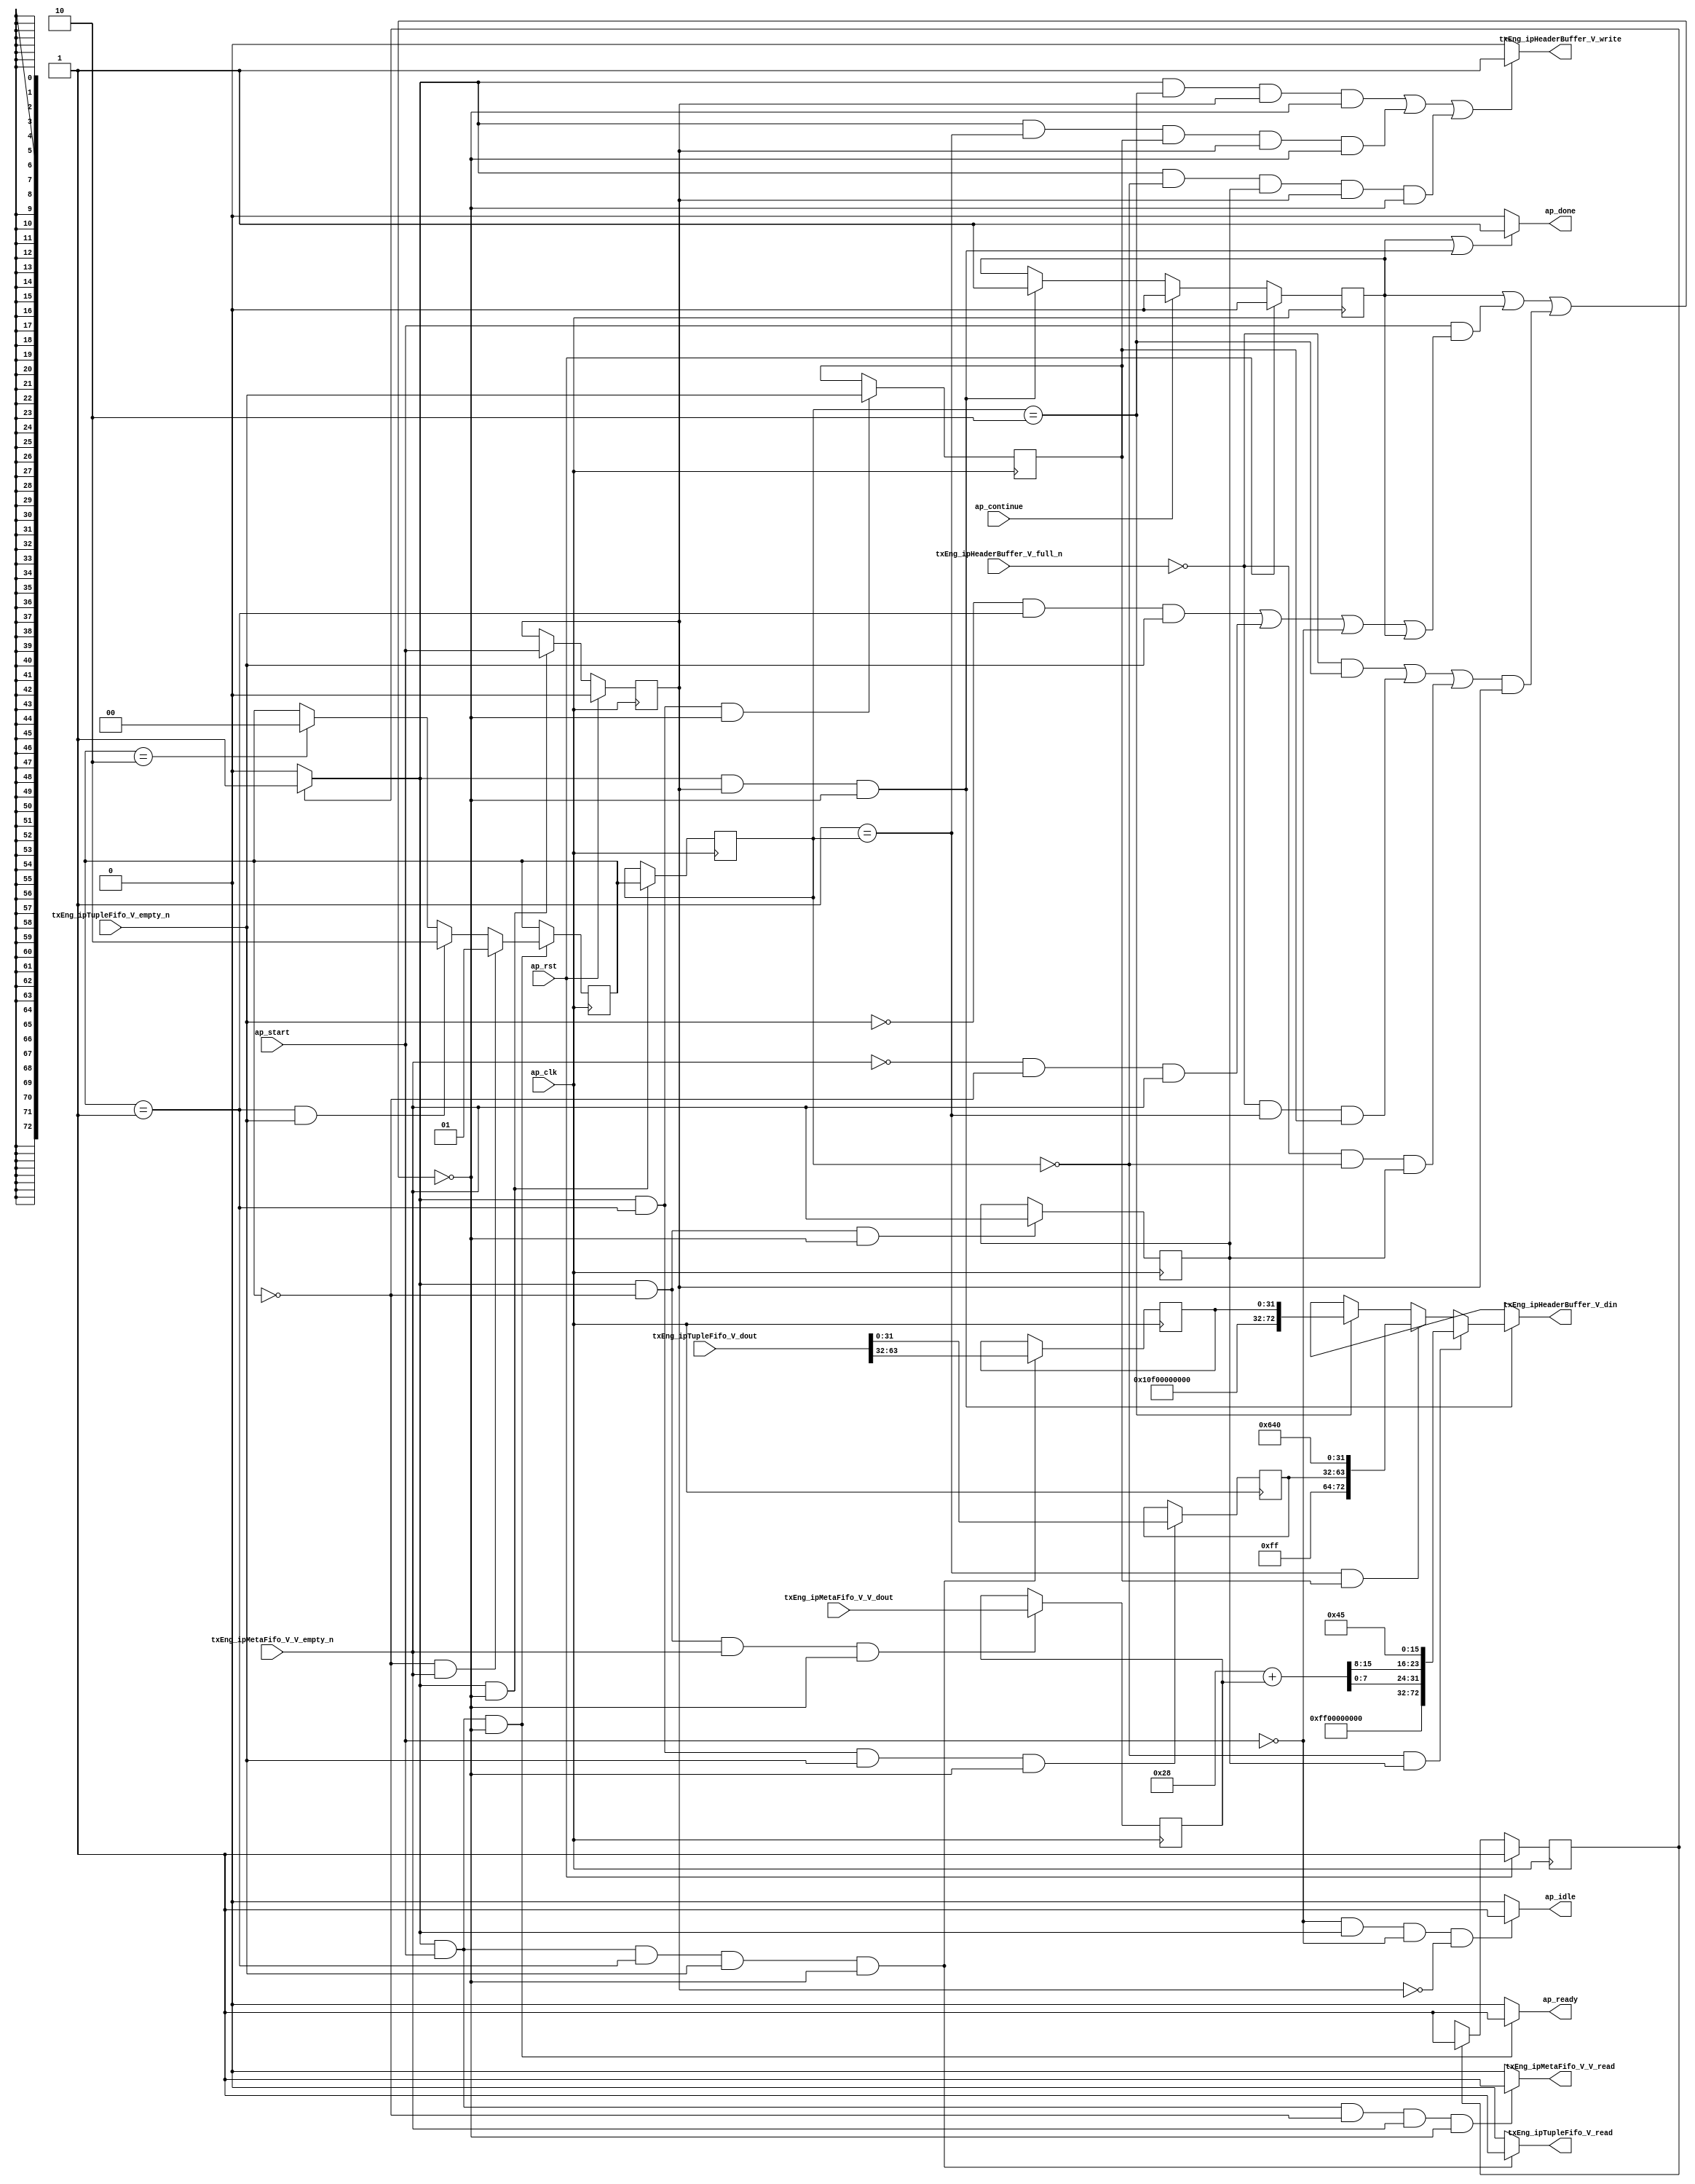
// ==============================================================
// RTL generated by Vivado(TM) HLS - High-Level Synthesis from C, C++ and SystemC
// Version: 2015.1
// Copyright (C) 2015 Xilinx Inc. All rights reserved.
// 
// ===========================================================

`timescale 1 ns / 1 ps 

module toe_ipHeaderConstruction (
        ap_clk,
        ap_rst,
        ap_start,
        ap_done,
        ap_continue,
        ap_idle,
        ap_ready,
        txEng_ipTupleFifo_V_dout,
        txEng_ipTupleFifo_V_empty_n,
        txEng_ipTupleFifo_V_read,
        txEng_ipMetaFifo_V_V_dout,
        txEng_ipMetaFifo_V_V_empty_n,
        txEng_ipMetaFifo_V_V_read,
        txEng_ipHeaderBuffer_V_din,
        txEng_ipHeaderBuffer_V_full_n,
        txEng_ipHeaderBuffer_V_write
);

parameter    ap_const_logic_1 = 1'b1;
parameter    ap_const_logic_0 = 1'b0;
parameter    ap_ST_pp0_stg0_fsm_0 = 1'b1;
parameter    ap_const_lv32_0 = 32'b00000000000000000000000000000000;
parameter    ap_const_lv1_1 = 1'b1;
parameter    ap_const_lv2_1 = 2'b1;
parameter    ap_const_lv1_0 = 1'b0;
parameter    ap_const_lv2_0 = 2'b00;
parameter    ap_const_lv2_2 = 2'b10;
parameter    ap_const_lv32_20 = 32'b100000;
parameter    ap_const_lv32_3F = 32'b111111;
parameter    ap_const_lv64_0 = 64'b0000000000000000000000000000000000000000000000000000000000000000;
parameter    ap_const_lv32_1F = 32'b11111;
parameter    ap_const_lv9_10F = 9'b100001111;
parameter    ap_const_lv9_FF = 9'b11111111;
parameter    ap_const_lv32_640 = 32'b11001000000;
parameter    ap_const_lv16_28 = 16'b101000;
parameter    ap_const_lv32_8 = 32'b1000;
parameter    ap_const_lv32_F = 32'b1111;
parameter    ap_const_lv41_FF00000000 = 41'b1111111100000000000000000000000000000000;
parameter    ap_const_lv16_45 = 16'b1000101;
parameter    ap_true = 1'b1;

input   ap_clk;
input   ap_rst;
input   ap_start;
output   ap_done;
input   ap_continue;
output   ap_idle;
output   ap_ready;
input  [63:0] txEng_ipTupleFifo_V_dout;
input   txEng_ipTupleFifo_V_empty_n;
output   txEng_ipTupleFifo_V_read;
input  [15:0] txEng_ipMetaFifo_V_V_dout;
input   txEng_ipMetaFifo_V_V_empty_n;
output   txEng_ipMetaFifo_V_V_read;
output  [72:0] txEng_ipHeaderBuffer_V_din;
input   txEng_ipHeaderBuffer_V_full_n;
output   txEng_ipHeaderBuffer_V_write;

reg ap_done;
reg ap_idle;
reg ap_ready;
reg txEng_ipTupleFifo_V_read;
reg txEng_ipMetaFifo_V_V_read;
reg[72:0] txEng_ipHeaderBuffer_V_din;
reg txEng_ipHeaderBuffer_V_write;
reg    ap_done_reg = 1'b0;
(* fsm_encoding = "none" *) reg   [0:0] ap_CS_fsm = 1'b1;
reg    ap_sig_cseq_ST_pp0_stg0_fsm_0;
reg    ap_sig_bdd_20;
wire    ap_reg_ppiten_pp0_it0;
reg    ap_reg_ppiten_pp0_it1 = 1'b0;
wire   [1:0] ihc_currWord_V_load_load_fu_132_p1;
wire   [0:0] tmp_nbreadreq_fu_96_p3;
wire   [0:0] tmp_53_nbreadreq_fu_110_p3;
reg    ap_sig_bdd_66;
reg   [1:0] ihc_currWord_V_load_reg_241;
reg   [0:0] tmp_reg_245;
reg   [0:0] tmp_53_reg_254;
reg    ap_sig_bdd_91;
reg   [1:0] ihc_currWord_V = 2'b00;
reg   [31:0] ihc_tuple_dstIp_V = 32'b00000000000000000000000000000000;
wire   [31:0] tmp_251_fu_142_p1;
reg   [31:0] tmp_251_reg_249;
reg   [15:0] tmp_V_reg_258;
wire   [72:0] tmp_3_fu_190_p3;
wire   [72:0] tmp_2_fu_199_p4;
wire   [72:0] tmp54_fu_228_p5;
wire   [63:0] p_Result_s_114_fu_178_p5;
wire   [15:0] length_V_fu_209_p2;
wire   [7:0] tmp_250_fu_224_p1;
wire   [7:0] p_Result_s_fu_214_p4;
reg   [0:0] ap_NS_fsm;
reg    ap_sig_pprstidle_pp0;
reg    ap_sig_bdd_48;
reg    ap_sig_bdd_60;
reg    ap_sig_bdd_98;
reg    ap_sig_bdd_82;
reg    ap_sig_bdd_88;
reg    ap_sig_bdd_117;




/// the current state (ap_CS_fsm) of the state machine. ///
always @ (posedge ap_clk)
begin : ap_ret_ap_CS_fsm
    if (ap_rst == 1'b1) begin
        ap_CS_fsm <= ap_ST_pp0_stg0_fsm_0;
    end else begin
        ap_CS_fsm <= ap_NS_fsm;
    end
end

/// ap_done_reg assign process. ///
always @ (posedge ap_clk)
begin : ap_ret_ap_done_reg
    if (ap_rst == 1'b1) begin
        ap_done_reg <= ap_const_logic_0;
    end else begin
        if ((ap_const_logic_1 == ap_continue)) begin
            ap_done_reg <= ap_const_logic_0;
        end else if (((ap_const_logic_1 == ap_sig_cseq_ST_pp0_stg0_fsm_0) & (ap_const_logic_1 == ap_reg_ppiten_pp0_it1) & ~((ap_done_reg == ap_const_logic_1) | ((ap_const_logic_1 == ap_reg_ppiten_pp0_it0) & ap_sig_bdd_66) | (ap_sig_bdd_91 & (ap_const_logic_1 == ap_reg_ppiten_pp0_it1))))) begin
            ap_done_reg <= ap_const_logic_1;
        end
    end
end

/// ap_reg_ppiten_pp0_it1 assign process. ///
always @ (posedge ap_clk)
begin : ap_ret_ap_reg_ppiten_pp0_it1
    if (ap_rst == 1'b1) begin
        ap_reg_ppiten_pp0_it1 <= ap_const_logic_0;
    end else begin
        if (((ap_const_logic_1 == ap_sig_cseq_ST_pp0_stg0_fsm_0) & ~((ap_done_reg == ap_const_logic_1) | ((ap_const_logic_1 == ap_reg_ppiten_pp0_it0) & ap_sig_bdd_66) | (ap_sig_bdd_91 & (ap_const_logic_1 == ap_reg_ppiten_pp0_it1))))) begin
            ap_reg_ppiten_pp0_it1 <= ap_reg_ppiten_pp0_it0;
        end
    end
end

/// assign process. ///
always @(posedge ap_clk)
begin
    if (ap_sig_bdd_98) begin
        if (ap_sig_bdd_60) begin
            ihc_currWord_V <= ap_const_lv2_1;
        end else if (ap_sig_bdd_48) begin
            ihc_currWord_V <= ap_const_lv2_2;
        end else if ((ihc_currWord_V_load_load_fu_132_p1 == ap_const_lv2_2)) begin
            ihc_currWord_V <= ap_const_lv2_0;
        end
    end
end

/// assign process. ///
always @(posedge ap_clk)
begin
    if (((ap_const_logic_1 == ap_sig_cseq_ST_pp0_stg0_fsm_0) & ~((ap_done_reg == ap_const_logic_1) | ((ap_const_logic_1 == ap_reg_ppiten_pp0_it0) & ap_sig_bdd_66) | (ap_sig_bdd_91 & (ap_const_logic_1 == ap_reg_ppiten_pp0_it1))))) begin
        ihc_currWord_V_load_reg_241 <= ihc_currWord_V;
    end
end

/// assign process. ///
always @(posedge ap_clk)
begin
    if (((ap_const_logic_1 == ap_sig_cseq_ST_pp0_stg0_fsm_0) & (ap_const_logic_1 == ap_reg_ppiten_pp0_it0) & (ihc_currWord_V == ap_const_lv2_1) & ~(tmp_nbreadreq_fu_96_p3 == ap_const_lv1_0) & ~((ap_done_reg == ap_const_logic_1) | ((ap_const_logic_1 == ap_reg_ppiten_pp0_it0) & ap_sig_bdd_66) | (ap_sig_bdd_91 & (ap_const_logic_1 == ap_reg_ppiten_pp0_it1))))) begin
        ihc_tuple_dstIp_V <= {{txEng_ipTupleFifo_V_dout[ap_const_lv32_3F : ap_const_lv32_20]}};
    end
end

/// assign process. ///
always @(posedge ap_clk)
begin
    if (((ap_const_logic_1 == ap_sig_cseq_ST_pp0_stg0_fsm_0) & (ihc_currWord_V == ap_const_lv2_1) & ~(tmp_nbreadreq_fu_96_p3 == ap_const_lv1_0) & ~((ap_done_reg == ap_const_logic_1) | ((ap_const_logic_1 == ap_reg_ppiten_pp0_it0) & ap_sig_bdd_66) | (ap_sig_bdd_91 & (ap_const_logic_1 == ap_reg_ppiten_pp0_it1))))) begin
        tmp_251_reg_249 <= tmp_251_fu_142_p1;
    end
end

/// assign process. ///
always @(posedge ap_clk)
begin
    if (((ap_const_logic_1 == ap_sig_cseq_ST_pp0_stg0_fsm_0) & (ihc_currWord_V == ap_const_lv2_0) & ~((ap_done_reg == ap_const_logic_1) | ((ap_const_logic_1 == ap_reg_ppiten_pp0_it0) & ap_sig_bdd_66) | (ap_sig_bdd_91 & (ap_const_logic_1 == ap_reg_ppiten_pp0_it1))))) begin
        tmp_53_reg_254 <= tmp_53_nbreadreq_fu_110_p3;
    end
end

/// assign process. ///
always @(posedge ap_clk)
begin
    if (((ap_const_logic_1 == ap_sig_cseq_ST_pp0_stg0_fsm_0) & (ihc_currWord_V == ap_const_lv2_0) & ~(ap_const_lv1_0 == tmp_53_nbreadreq_fu_110_p3) & ~((ap_done_reg == ap_const_logic_1) | ((ap_const_logic_1 == ap_reg_ppiten_pp0_it0) & ap_sig_bdd_66) | (ap_sig_bdd_91 & (ap_const_logic_1 == ap_reg_ppiten_pp0_it1))))) begin
        tmp_V_reg_258 <= txEng_ipMetaFifo_V_V_dout;
    end
end

/// assign process. ///
always @(posedge ap_clk)
begin
    if (((ap_const_logic_1 == ap_sig_cseq_ST_pp0_stg0_fsm_0) & (ihc_currWord_V == ap_const_lv2_1) & ~((ap_done_reg == ap_const_logic_1) | ((ap_const_logic_1 == ap_reg_ppiten_pp0_it0) & ap_sig_bdd_66) | (ap_sig_bdd_91 & (ap_const_logic_1 == ap_reg_ppiten_pp0_it1))))) begin
        tmp_reg_245 <= tmp_nbreadreq_fu_96_p3;
    end
end

/// ap_done assign process. ///
always @ (ap_done_reg or ap_sig_cseq_ST_pp0_stg0_fsm_0 or ap_reg_ppiten_pp0_it0 or ap_reg_ppiten_pp0_it1 or ap_sig_bdd_66 or ap_sig_bdd_91)
begin
    if (((ap_const_logic_1 == ap_done_reg) | ((ap_const_logic_1 == ap_sig_cseq_ST_pp0_stg0_fsm_0) & (ap_const_logic_1 == ap_reg_ppiten_pp0_it1) & ~((ap_done_reg == ap_const_logic_1) | ((ap_const_logic_1 == ap_reg_ppiten_pp0_it0) & ap_sig_bdd_66) | (ap_sig_bdd_91 & (ap_const_logic_1 == ap_reg_ppiten_pp0_it1)))))) begin
        ap_done = ap_const_logic_1;
    end else begin
        ap_done = ap_const_logic_0;
    end
end

/// ap_idle assign process. ///
always @ (ap_start or ap_sig_cseq_ST_pp0_stg0_fsm_0 or ap_reg_ppiten_pp0_it0 or ap_reg_ppiten_pp0_it1)
begin
    if ((~(ap_const_logic_1 == ap_start) & (ap_const_logic_1 == ap_sig_cseq_ST_pp0_stg0_fsm_0) & (ap_const_logic_0 == ap_reg_ppiten_pp0_it0) & (ap_const_logic_0 == ap_reg_ppiten_pp0_it1))) begin
        ap_idle = ap_const_logic_1;
    end else begin
        ap_idle = ap_const_logic_0;
    end
end

/// ap_ready assign process. ///
always @ (ap_done_reg or ap_sig_cseq_ST_pp0_stg0_fsm_0 or ap_reg_ppiten_pp0_it0 or ap_reg_ppiten_pp0_it1 or ap_sig_bdd_66 or ap_sig_bdd_91)
begin
    if (((ap_const_logic_1 == ap_sig_cseq_ST_pp0_stg0_fsm_0) & (ap_const_logic_1 == ap_reg_ppiten_pp0_it0) & ~((ap_done_reg == ap_const_logic_1) | ((ap_const_logic_1 == ap_reg_ppiten_pp0_it0) & ap_sig_bdd_66) | (ap_sig_bdd_91 & (ap_const_logic_1 == ap_reg_ppiten_pp0_it1))))) begin
        ap_ready = ap_const_logic_1;
    end else begin
        ap_ready = ap_const_logic_0;
    end
end

/// ap_sig_cseq_ST_pp0_stg0_fsm_0 assign process. ///
always @ (ap_sig_bdd_20)
begin
    if (ap_sig_bdd_20) begin
        ap_sig_cseq_ST_pp0_stg0_fsm_0 = ap_const_logic_1;
    end else begin
        ap_sig_cseq_ST_pp0_stg0_fsm_0 = ap_const_logic_0;
    end
end

/// ap_sig_pprstidle_pp0 assign process. ///
always @ (ap_start or ap_reg_ppiten_pp0_it0)
begin
    if (((ap_const_logic_0 == ap_reg_ppiten_pp0_it0) & (ap_const_logic_0 == ap_start))) begin
        ap_sig_pprstidle_pp0 = ap_const_logic_1;
    end else begin
        ap_sig_pprstidle_pp0 = ap_const_logic_0;
    end
end

/// txEng_ipHeaderBuffer_V_din assign process. ///
always @ (ihc_currWord_V_load_reg_241 or tmp_3_fu_190_p3 or tmp_2_fu_199_p4 or tmp54_fu_228_p5 or ap_sig_bdd_82 or ap_sig_bdd_88 or ap_sig_bdd_117)
begin
    if (ap_sig_bdd_117) begin
        if (ap_sig_bdd_88) begin
            txEng_ipHeaderBuffer_V_din = tmp54_fu_228_p5;
        end else if (ap_sig_bdd_82) begin
            txEng_ipHeaderBuffer_V_din = tmp_2_fu_199_p4;
        end else if ((ihc_currWord_V_load_reg_241 == ap_const_lv2_2)) begin
            txEng_ipHeaderBuffer_V_din = tmp_3_fu_190_p3;
        end else begin
            txEng_ipHeaderBuffer_V_din = 'bx;
        end
    end else begin
        txEng_ipHeaderBuffer_V_din = 'bx;
    end
end

/// txEng_ipHeaderBuffer_V_write assign process. ///
always @ (ap_done_reg or ap_sig_cseq_ST_pp0_stg0_fsm_0 or ap_reg_ppiten_pp0_it0 or ap_reg_ppiten_pp0_it1 or ap_sig_bdd_66 or ihc_currWord_V_load_reg_241 or tmp_reg_245 or tmp_53_reg_254 or ap_sig_bdd_91)
begin
    if ((((ap_const_logic_1 == ap_sig_cseq_ST_pp0_stg0_fsm_0) & (ihc_currWord_V_load_reg_241 == ap_const_lv2_2) & (ap_const_logic_1 == ap_reg_ppiten_pp0_it1) & ~((ap_done_reg == ap_const_logic_1) | ((ap_const_logic_1 == ap_reg_ppiten_pp0_it0) & ap_sig_bdd_66) | (ap_sig_bdd_91 & (ap_const_logic_1 == ap_reg_ppiten_pp0_it1)))) | ((ap_const_logic_1 == ap_sig_cseq_ST_pp0_stg0_fsm_0) & (ap_const_lv2_1 == ihc_currWord_V_load_reg_241) & ~(ap_const_lv1_0 == tmp_reg_245) & (ap_const_logic_1 == ap_reg_ppiten_pp0_it1) & ~((ap_done_reg == ap_const_logic_1) | ((ap_const_logic_1 == ap_reg_ppiten_pp0_it0) & ap_sig_bdd_66) | (ap_sig_bdd_91 & (ap_const_logic_1 == ap_reg_ppiten_pp0_it1)))) | ((ap_const_logic_1 == ap_sig_cseq_ST_pp0_stg0_fsm_0) & (ap_const_lv2_0 == ihc_currWord_V_load_reg_241) & ~(ap_const_lv1_0 == tmp_53_reg_254) & (ap_const_logic_1 == ap_reg_ppiten_pp0_it1) & ~((ap_done_reg == ap_const_logic_1) | ((ap_const_logic_1 == ap_reg_ppiten_pp0_it0) & ap_sig_bdd_66) | (ap_sig_bdd_91 & (ap_const_logic_1 == ap_reg_ppiten_pp0_it1)))))) begin
        txEng_ipHeaderBuffer_V_write = ap_const_logic_1;
    end else begin
        txEng_ipHeaderBuffer_V_write = ap_const_logic_0;
    end
end

/// txEng_ipMetaFifo_V_V_read assign process. ///
always @ (ap_done_reg or ap_sig_cseq_ST_pp0_stg0_fsm_0 or ap_reg_ppiten_pp0_it0 or ap_reg_ppiten_pp0_it1 or tmp_53_nbreadreq_fu_110_p3 or ap_sig_bdd_66 or ap_sig_bdd_91 or ihc_currWord_V)
begin
    if (((ap_const_logic_1 == ap_sig_cseq_ST_pp0_stg0_fsm_0) & (ap_const_logic_1 == ap_reg_ppiten_pp0_it0) & (ihc_currWord_V == ap_const_lv2_0) & ~(ap_const_lv1_0 == tmp_53_nbreadreq_fu_110_p3) & ~((ap_done_reg == ap_const_logic_1) | ((ap_const_logic_1 == ap_reg_ppiten_pp0_it0) & ap_sig_bdd_66) | (ap_sig_bdd_91 & (ap_const_logic_1 == ap_reg_ppiten_pp0_it1))))) begin
        txEng_ipMetaFifo_V_V_read = ap_const_logic_1;
    end else begin
        txEng_ipMetaFifo_V_V_read = ap_const_logic_0;
    end
end

/// txEng_ipTupleFifo_V_read assign process. ///
always @ (ap_done_reg or ap_sig_cseq_ST_pp0_stg0_fsm_0 or ap_reg_ppiten_pp0_it0 or ap_reg_ppiten_pp0_it1 or tmp_nbreadreq_fu_96_p3 or ap_sig_bdd_66 or ap_sig_bdd_91 or ihc_currWord_V)
begin
    if (((ap_const_logic_1 == ap_sig_cseq_ST_pp0_stg0_fsm_0) & (ap_const_logic_1 == ap_reg_ppiten_pp0_it0) & (ihc_currWord_V == ap_const_lv2_1) & ~(tmp_nbreadreq_fu_96_p3 == ap_const_lv1_0) & ~((ap_done_reg == ap_const_logic_1) | ((ap_const_logic_1 == ap_reg_ppiten_pp0_it0) & ap_sig_bdd_66) | (ap_sig_bdd_91 & (ap_const_logic_1 == ap_reg_ppiten_pp0_it1))))) begin
        txEng_ipTupleFifo_V_read = ap_const_logic_1;
    end else begin
        txEng_ipTupleFifo_V_read = ap_const_logic_0;
    end
end
/// the next state (ap_NS_fsm) of the state machine. ///
always @ (ap_done_reg or ap_CS_fsm or ap_reg_ppiten_pp0_it0 or ap_reg_ppiten_pp0_it1 or ap_sig_bdd_66 or ap_sig_bdd_91 or ap_sig_pprstidle_pp0)
begin
    case (ap_CS_fsm)
        ap_ST_pp0_stg0_fsm_0 : 
        begin
            ap_NS_fsm = ap_ST_pp0_stg0_fsm_0;
        end
        default : 
        begin
            ap_NS_fsm = 'bx;
        end
    endcase
end

assign ap_reg_ppiten_pp0_it0 = ap_start;

/// ap_sig_bdd_117 assign process. ///
always @ (ap_done_reg or ap_sig_cseq_ST_pp0_stg0_fsm_0 or ap_reg_ppiten_pp0_it0 or ap_reg_ppiten_pp0_it1 or ap_sig_bdd_66 or ap_sig_bdd_91)
begin
    ap_sig_bdd_117 = ((ap_const_logic_1 == ap_sig_cseq_ST_pp0_stg0_fsm_0) & (ap_const_logic_1 == ap_reg_ppiten_pp0_it1) & ~((ap_done_reg == ap_const_logic_1) | ((ap_const_logic_1 == ap_reg_ppiten_pp0_it0) & ap_sig_bdd_66) | (ap_sig_bdd_91 & (ap_const_logic_1 == ap_reg_ppiten_pp0_it1))));
end

/// ap_sig_bdd_20 assign process. ///
always @ (ap_CS_fsm)
begin
    ap_sig_bdd_20 = (ap_CS_fsm[ap_const_lv32_0] == ap_const_lv1_1);
end

/// ap_sig_bdd_48 assign process. ///
always @ (tmp_nbreadreq_fu_96_p3 or ihc_currWord_V)
begin
    ap_sig_bdd_48 = ((ihc_currWord_V == ap_const_lv2_1) & ~(tmp_nbreadreq_fu_96_p3 == ap_const_lv1_0));
end

/// ap_sig_bdd_60 assign process. ///
always @ (tmp_53_nbreadreq_fu_110_p3 or ihc_currWord_V)
begin
    ap_sig_bdd_60 = ((ihc_currWord_V == ap_const_lv2_0) & ~(ap_const_lv1_0 == tmp_53_nbreadreq_fu_110_p3));
end

/// ap_sig_bdd_66 assign process. ///
always @ (ap_start or ap_done_reg or txEng_ipTupleFifo_V_empty_n or tmp_nbreadreq_fu_96_p3 or txEng_ipMetaFifo_V_V_empty_n or tmp_53_nbreadreq_fu_110_p3 or ihc_currWord_V)
begin
    ap_sig_bdd_66 = (((txEng_ipTupleFifo_V_empty_n == ap_const_logic_0) & (ihc_currWord_V == ap_const_lv2_1) & ~(tmp_nbreadreq_fu_96_p3 == ap_const_lv1_0)) | ((txEng_ipMetaFifo_V_V_empty_n == ap_const_logic_0) & (ihc_currWord_V == ap_const_lv2_0) & ~(ap_const_lv1_0 == tmp_53_nbreadreq_fu_110_p3)) | (ap_start == ap_const_logic_0) | (ap_done_reg == ap_const_logic_1));
end

/// ap_sig_bdd_82 assign process. ///
always @ (ihc_currWord_V_load_reg_241 or tmp_reg_245)
begin
    ap_sig_bdd_82 = ((ap_const_lv2_1 == ihc_currWord_V_load_reg_241) & ~(ap_const_lv1_0 == tmp_reg_245));
end

/// ap_sig_bdd_88 assign process. ///
always @ (ihc_currWord_V_load_reg_241 or tmp_53_reg_254)
begin
    ap_sig_bdd_88 = ((ap_const_lv2_0 == ihc_currWord_V_load_reg_241) & ~(ap_const_lv1_0 == tmp_53_reg_254));
end

/// ap_sig_bdd_91 assign process. ///
always @ (txEng_ipHeaderBuffer_V_full_n or ihc_currWord_V_load_reg_241 or tmp_reg_245 or tmp_53_reg_254)
begin
    ap_sig_bdd_91 = (((txEng_ipHeaderBuffer_V_full_n == ap_const_logic_0) & (ihc_currWord_V_load_reg_241 == ap_const_lv2_2)) | ((txEng_ipHeaderBuffer_V_full_n == ap_const_logic_0) & (ap_const_lv2_1 == ihc_currWord_V_load_reg_241) & ~(ap_const_lv1_0 == tmp_reg_245)) | ((txEng_ipHeaderBuffer_V_full_n == ap_const_logic_0) & (ap_const_lv2_0 == ihc_currWord_V_load_reg_241) & ~(ap_const_lv1_0 == tmp_53_reg_254)));
end

/// ap_sig_bdd_98 assign process. ///
always @ (ap_done_reg or ap_sig_cseq_ST_pp0_stg0_fsm_0 or ap_reg_ppiten_pp0_it0 or ap_reg_ppiten_pp0_it1 or ap_sig_bdd_66 or ap_sig_bdd_91)
begin
    ap_sig_bdd_98 = ((ap_const_logic_1 == ap_sig_cseq_ST_pp0_stg0_fsm_0) & (ap_const_logic_1 == ap_reg_ppiten_pp0_it0) & ~((ap_done_reg == ap_const_logic_1) | ((ap_const_logic_1 == ap_reg_ppiten_pp0_it0) & ap_sig_bdd_66) | (ap_sig_bdd_91 & (ap_const_logic_1 == ap_reg_ppiten_pp0_it1))));
end
assign ihc_currWord_V_load_load_fu_132_p1 = ihc_currWord_V;
assign length_V_fu_209_p2 = (ap_const_lv16_28 + tmp_V_reg_258);
assign p_Result_s_114_fu_178_p5 = {{ap_const_lv64_0[32'd63 : 32'd32]}, {ihc_tuple_dstIp_V}};
assign p_Result_s_fu_214_p4 = {{length_V_fu_209_p2[ap_const_lv32_F : ap_const_lv32_8]}};
assign tmp54_fu_228_p5 = {{{{{{ap_const_lv41_FF00000000}, {tmp_250_fu_224_p1}}}, {p_Result_s_fu_214_p4}}}, {ap_const_lv16_45}};
assign tmp_250_fu_224_p1 = length_V_fu_209_p2[7:0];
assign tmp_251_fu_142_p1 = txEng_ipTupleFifo_V_dout[31:0];
assign tmp_2_fu_199_p4 = {{{{ap_const_lv9_FF}, {tmp_251_reg_249}}}, {ap_const_lv32_640}};
assign tmp_3_fu_190_p3 = {{ap_const_lv9_10F}, {p_Result_s_114_fu_178_p5}};
assign tmp_53_nbreadreq_fu_110_p3 = txEng_ipMetaFifo_V_V_empty_n;
assign tmp_nbreadreq_fu_96_p3 = txEng_ipTupleFifo_V_empty_n;


endmodule //toe_ipHeaderConstruction